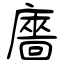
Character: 廧